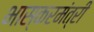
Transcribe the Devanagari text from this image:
भास्करमंत्री